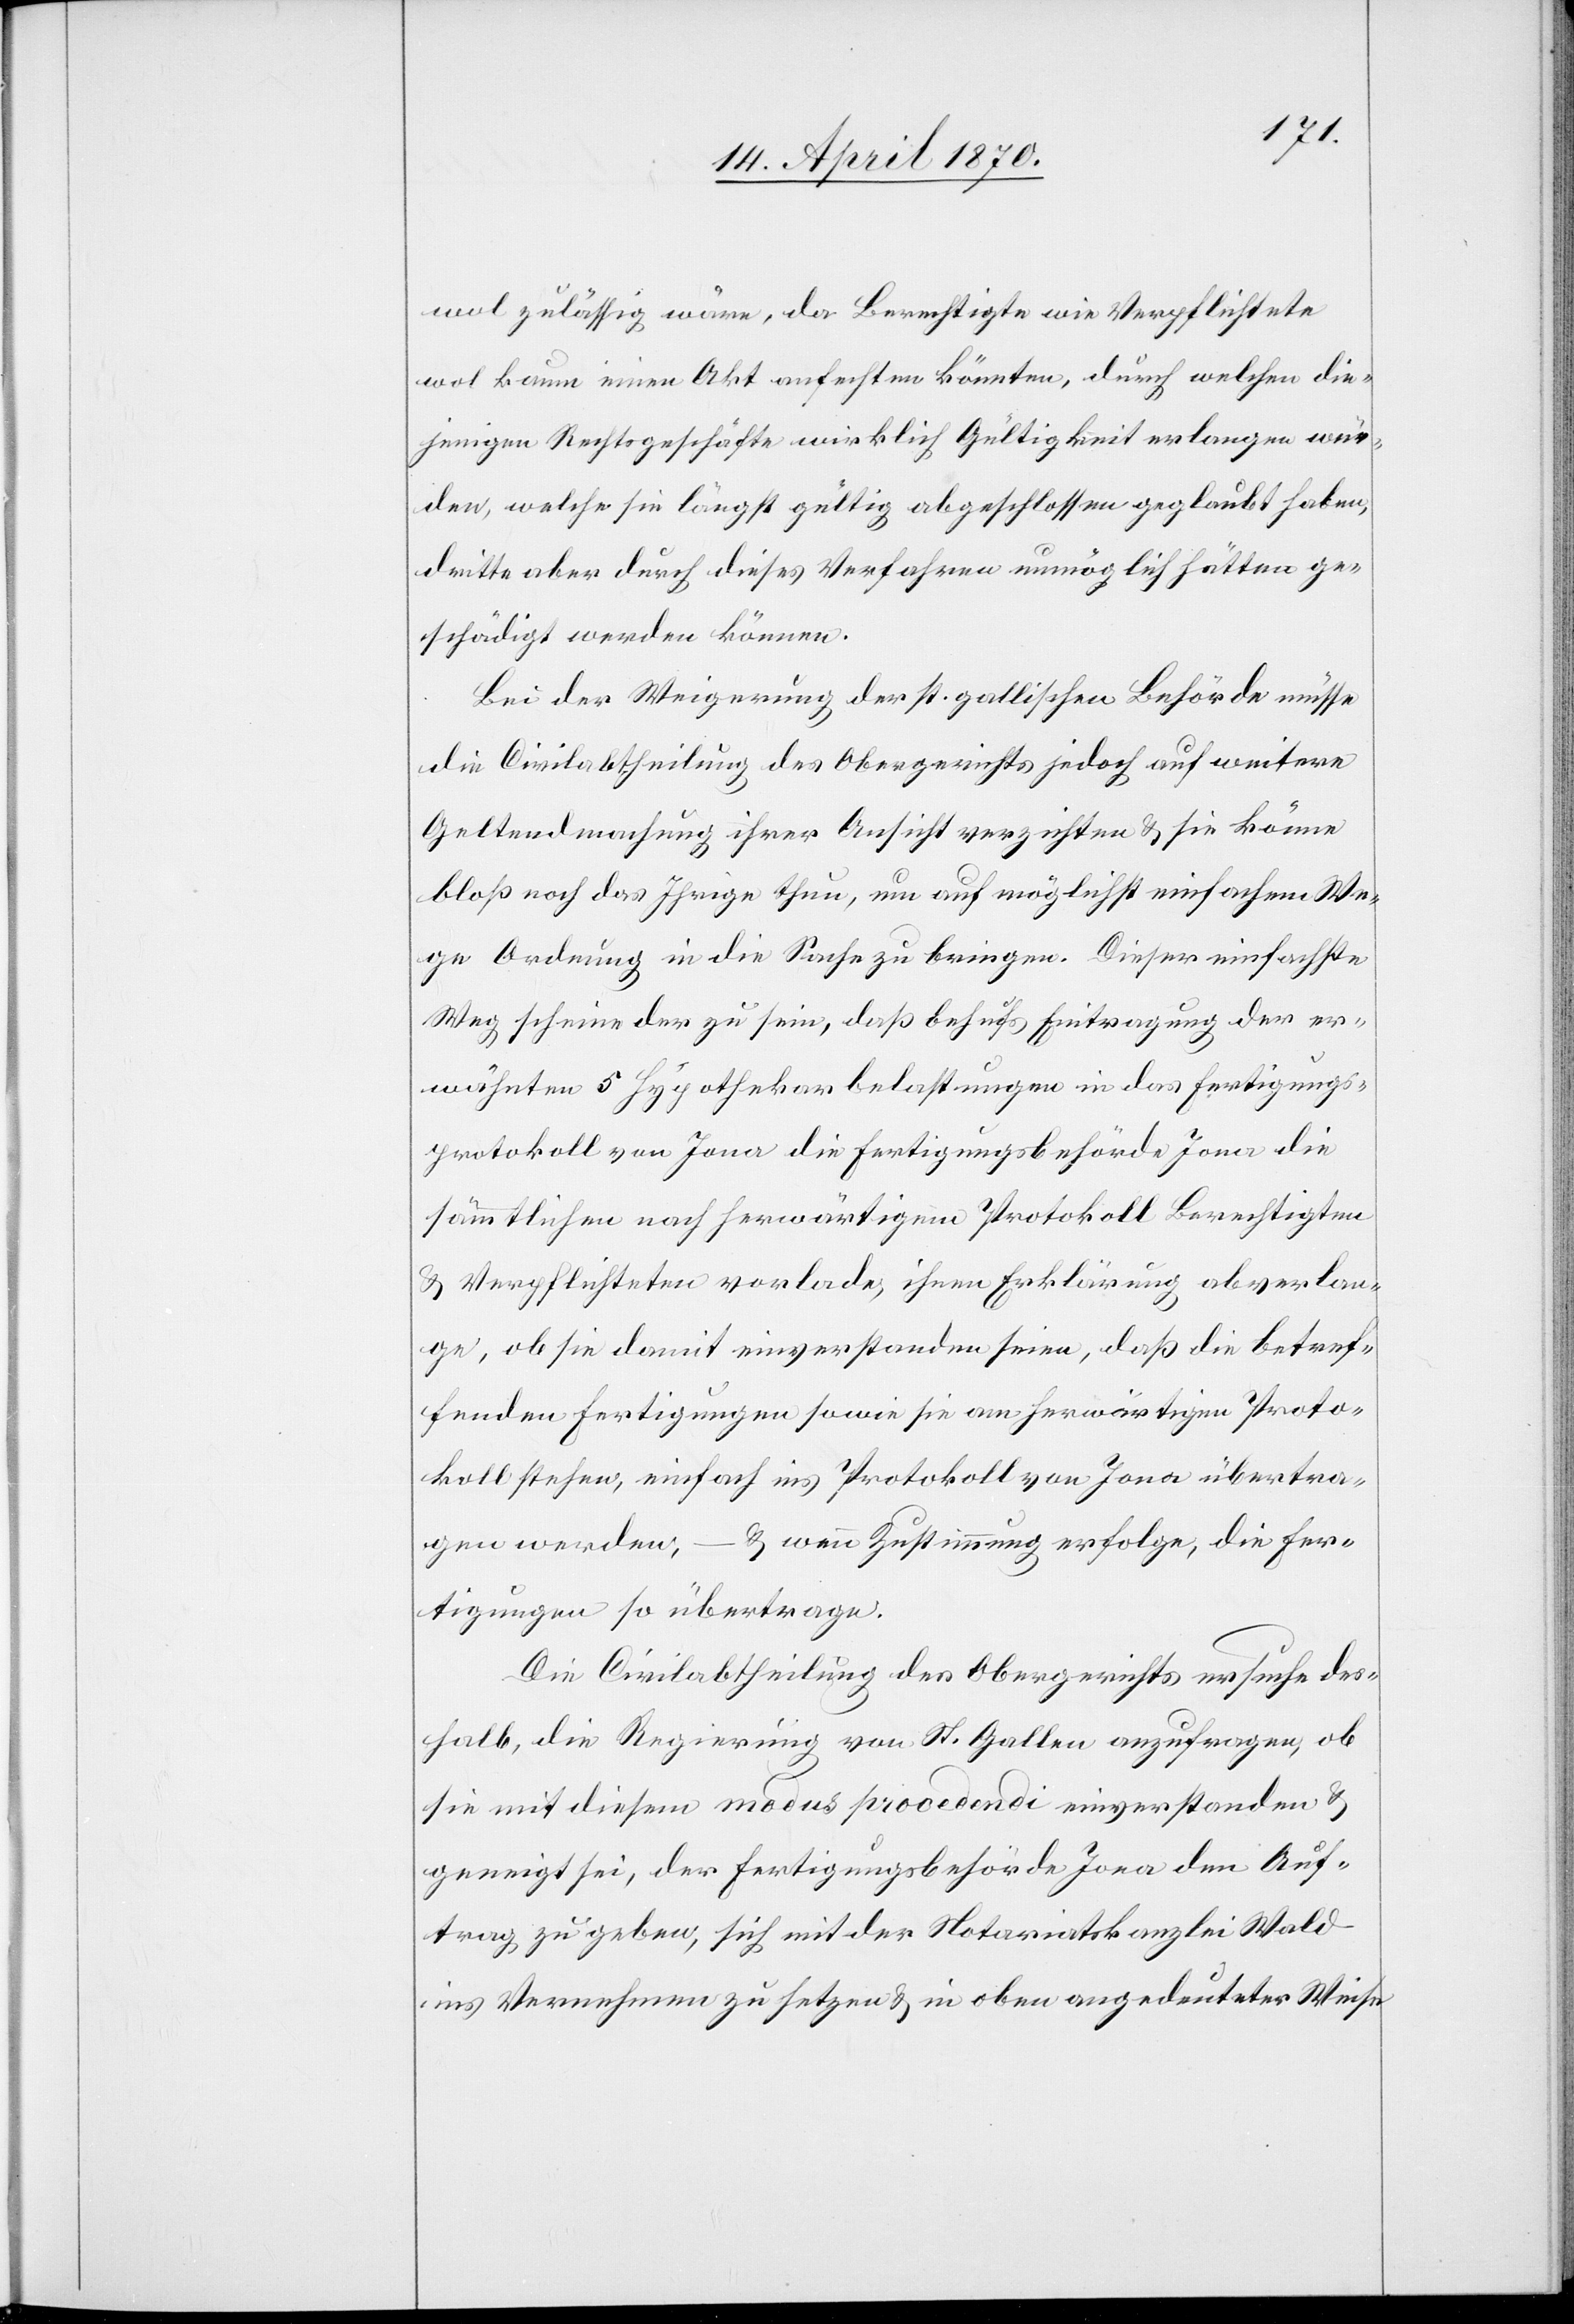
wol zulässig wäre, da Berechtigte wie Verpflichtete
wol kaum einen Akt anfechten könnten, durch welchen die¬
jenigen Rechtsgeschäfte wirklich Gültigkeit verlangen wür¬
den, welche sie längst gültig abgeschlossen geglaubt haben,
dritte aber durch dieses Verfahren unmöglich hätten ge¬
schädigt werden können.
Bei der Weigerung der st. gallischen Behörde müsse
die Civilabtheilung des Obergerichts jedoch auf weitere
Geltendmachung ihrer Ansicht verzichten & sie könne
bloß noch das Ihrige thun, um auf möglichst einfachem We¬
ge Ordnung in die Sache zu bringen. Dieser einfachste
Weg scheine der zu sein, daß behufs Eintragung der er¬
wähnten 5 Hypothekarbelastungen in das Fertigungs¬
protokoll von Jona die Fertigungsbehörde Jona die
sämmtlichen nach herwärtigem Protokoll Berechtigten
& Verpflichteten vorlade, ihnen Erklärung abverlan¬
ge, ob sie damit einverstanden seien, daß die betref¬
fenden Fertigungen sowie sie am herwärtigen Proto¬
koll stehen, einfach ins Protokoll von Jona übertra¬
gen werden, – & wenn Zustimmung erfolge, die Fer¬
tigungen so übertrage.
Die Civilabtheilung des Obergerichts ersuche des¬
halb, die Regierung von St. Gallen anzufragen, ob
sie mit diesem modus procedendi einverstanden &
geneigt sei, der Fertigungsbehörde Jona den Auf¬
trag zu geben, sich mit der Notariatskanzlei Wald
ins Vernehmen zu setzen & in oben angedeuteter Weise